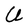
Character: U